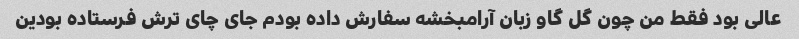
عالی بود فقط من چون گل گاو زبان آرامبخشه سفارش داده بودم جای چای ترش فرستاده بودین